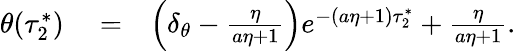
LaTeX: \begin{array}{rlr}{\theta(\tau_{2}^{*})}&{{}=}&{\left(\delta_{\theta}-\frac{\eta}{a\eta+1}\right)e^{-(a\eta+1)\tau_{2}^{*}}+\frac{\eta}{a\eta+1}.}\end{array}